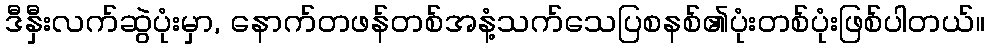
ဒီနှီးလက်ဆွဲပုံးမှာ, နောက်တဖန်တစ်အနံ့သက်သေပြစနစ်၏ပုံးတစ်ပုံးဖြစ်ပါတယ်။